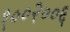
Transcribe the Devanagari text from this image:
१००२००६